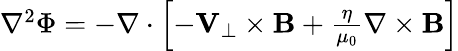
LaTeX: \begin{array}{r}{\nabla^{2}\Phi=-\nabla\cdot\left[-{\mathbf V}_{\perp}\times{\mathbf B}+\frac{\eta}{\mu_{0}}\nabla\times{\mathbf B}\right]}\end{array}